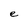
Character: e